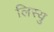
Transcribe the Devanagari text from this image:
लिस्यु